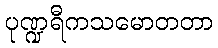
ပုဏ္ဍရီကသမောတတာ